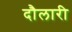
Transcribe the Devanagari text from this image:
दौलारी